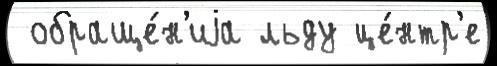
 обраще́н'иjа льду це́нтр'е